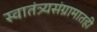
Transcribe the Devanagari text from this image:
स्वातंत्र्यसंग्रामातही